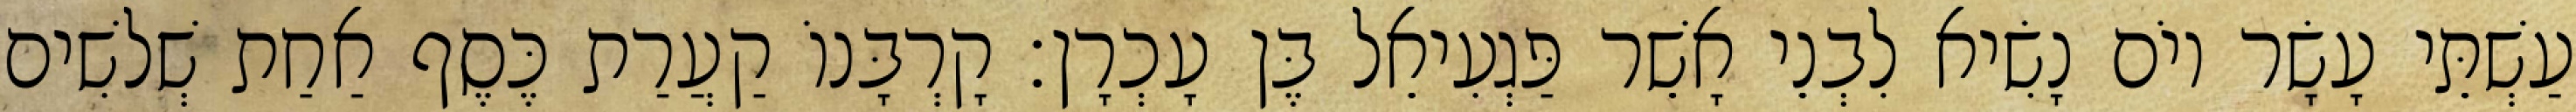
עַשְׁתֵּי עָשָׂר יוֹם נָשִׂיא לִבְנֵי אָשֵׁר פַּגְעִיאֵל בֶּן עָכְרָן׃ קָרְבָּנוֹ קַעֲרַת כֶּסֶף אַחַת שְׁלשִׁים